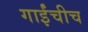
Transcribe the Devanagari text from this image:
गाईंचीच